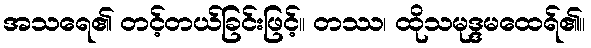
အသရေ၏ တင့်တယ်ခြင်းဖြင့်။ တဿ၊ ထိုသမုဒ္ဒမထေရ်၏။